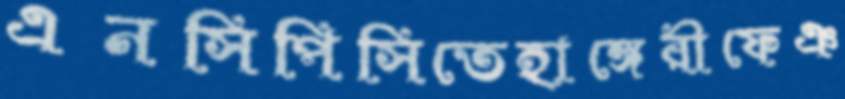
এনসিপিসিতেহাঙ্গেরীফেঞ